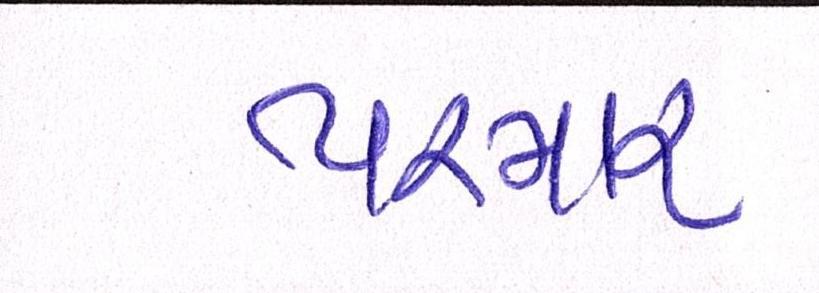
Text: પરમાર